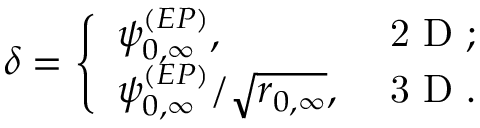
\delta = \left\{ \begin{array} { l l } { \psi _ { 0 , \infty } ^ { ( E P ) } , } & { \mathrm { ~ 2 ~ D ~ } ; } \\ { \psi _ { 0 , \infty } ^ { ( E P ) } / \sqrt { r _ { 0 , \infty } } , } & { \mathrm { ~ 3 ~ D ~ } . } \end{array} \right.